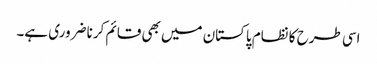
اسی طرح کا نظام پاکستان میں بھی قائم کرنا ضروری ہے۔